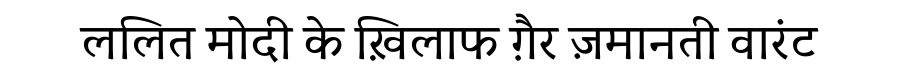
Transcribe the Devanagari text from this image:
ललित मोदी के ख़िलाफ ग़ैर ज़मानती वारंट